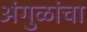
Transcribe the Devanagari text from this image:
अंगुळांचा